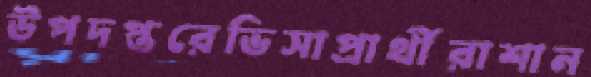
উপদপ্তরেভিসাপ্রার্থীরাশান